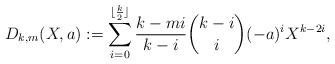
LaTeX: \begin{align*}D_{k,m}(X,a) := \sum_{i=0}^{\lfloor\frac k2\rfloor}\frac{k-mi}{k-i}\dbinom{k-i}{i}(-a)^{i}X^{k-2i},\end{align*}